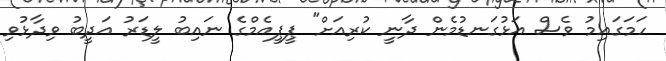
ހަމަގައިމު ވެސް އަޅުގަނޑުމެން ދާނީ ކުރިއަށް" ޕީޕީއެމްގެ ނައިބު ލީޑަރު އަދީބު ވިދާޅުވި